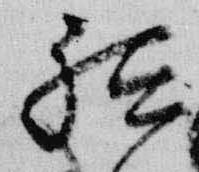
祗